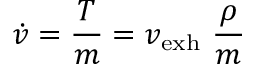
{ \dot { v } } = { \frac { T } { m } } = v _ { \mathrm { e x h } } \ { \frac { \rho } { m } }